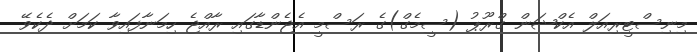
މިނިސްޓީރިއަލް އެކްޝަން ގްރޫޕު (ސީމެގް)ގެ ރަސްމީ އެޖެންޑާގައި ރާއްޖެ ހިމަނާފައިވާ ކަމަށް ދެކެވޭ